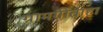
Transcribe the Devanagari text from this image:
ग्रामगीताहा